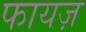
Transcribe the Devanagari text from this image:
फायज़